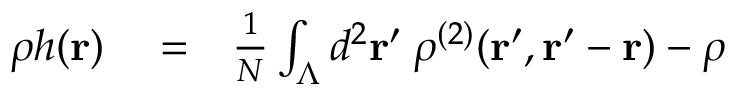
\begin{array} { r l r } { \rho h ( { \bf r } ) } & { { } = } & { \frac { 1 } { N } \int _ { \Lambda } d ^ { 2 } { \bf r } ^ { \prime } \: \rho ^ { ( 2 ) } ( { \bf r } ^ { \prime } , { \bf r } ^ { \prime } - { \bf r } ) - \rho } \end{array}